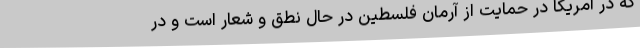
که در آمریکا در حمایت از آرمان فلسطین در حال نطق و شعار است و در